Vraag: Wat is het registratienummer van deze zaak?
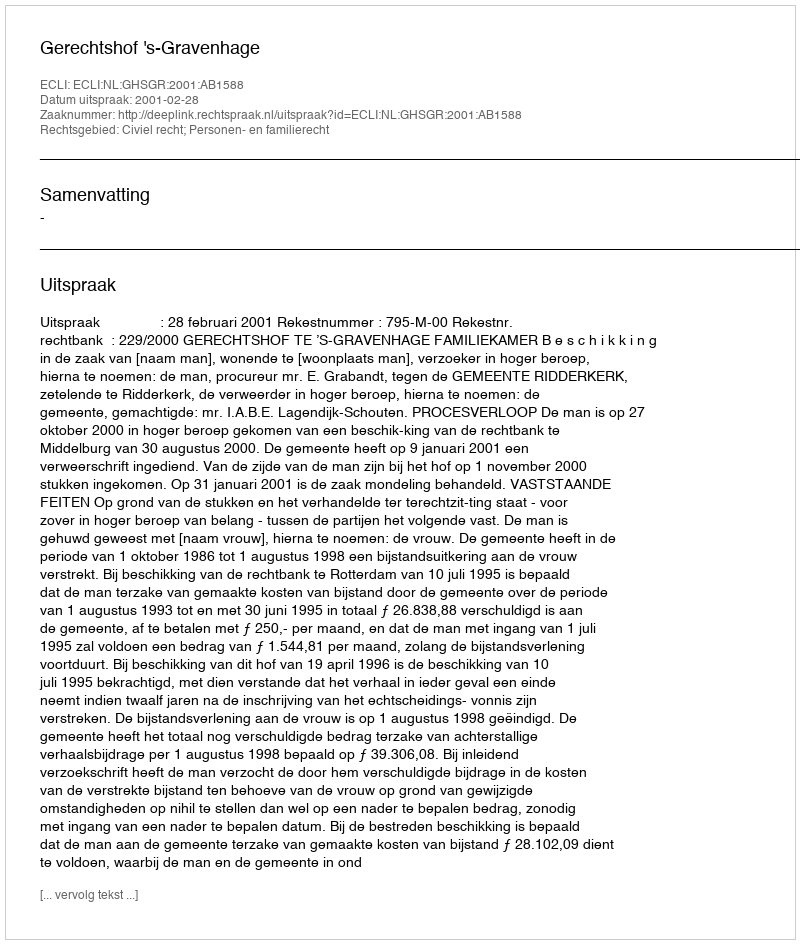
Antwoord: http://deeplink.rechtspraak.nl/uitspraak?id=ECLI:NL:GHSGR:2001:AB1588